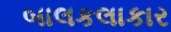
બાલકલાકાર